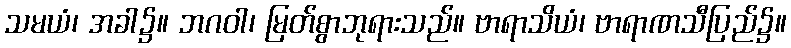
သမယံ၊ အခါ၌။ ဘဂဝါ၊ မြတ်စွာဘုရားသည်။ ဗာရာသိယံ၊ ဗာရာဏသီပြည်၌။